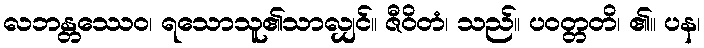
လဘန္တဿေဝ၊ ရသောသူ၏သာလျှင်။ ဇီဝိတံ၊ သည်။ ပဝတ္တတိ၊ ၏။ ပန၊